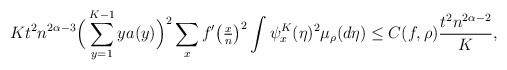
\begin{align*}Kt^2 n^{2\alpha-3} \Big( \sum_{y=1}^{K-1} y a(y)\Big)^2\sum_x f'\big(\tfrac{x}{n}\big)^2 \int \psi_x^{K} (\eta)^2 \mu_\rho(d\eta) \leq C(f,\rho)\frac{ t^2 n^{2\alpha-2}}{K},\end{align*}